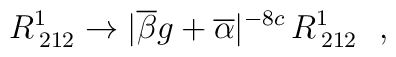
R^{1}_{\: 212} \rightarrow |\overline{\beta}g +\overline{\alpha}|^{-8c} \,R^{1}_{\: 212}~~,